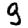
Digit: 9